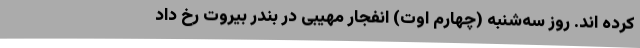
کرده اند. روز سه‌شنبه (چهارم اوت) انفجار مهیبی در بندر بیروت رخ داد